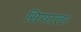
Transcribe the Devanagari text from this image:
सियाल।